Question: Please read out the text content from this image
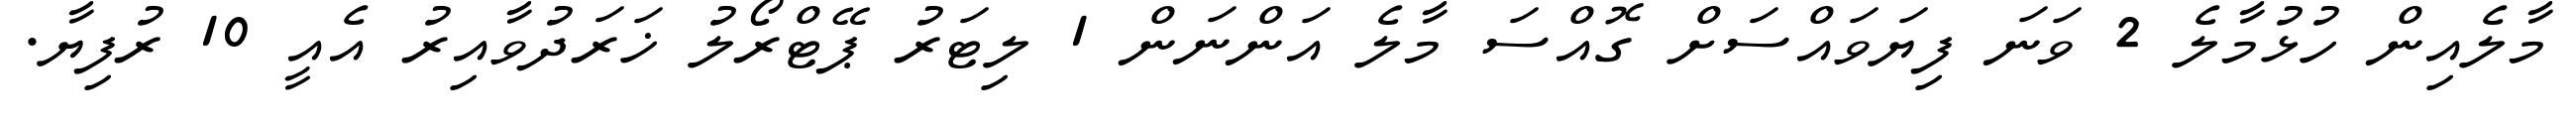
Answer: މާލެއިން ހުޅުމާލެ 2 ވަނަ ފިޔަވައްސަށް ގޮއްސަ މާލެ އަންނަން 1 ލިޓަރު ޕޭޓްރޯލު ޚަރަދުވާއިރު އެއީ 10 ރުފިޔާ.